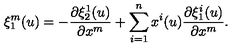
\xi _ { 1 } ^ { m } ( u ) = - \frac { \partial \xi _ { 2 } ^ { 1 } ( u ) } { \partial x ^ { m } } + \sum _ { i = 1 } ^ { n } x ^ { i } ( u ) \frac { \partial \xi _ { 1 } ^ { i } ( u ) } { \partial x ^ { m } } .